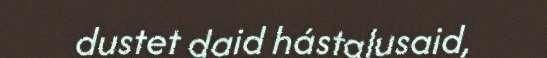
dustet daid hástalusaid,